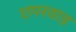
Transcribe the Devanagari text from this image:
छपरवाड़